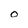
Character: O